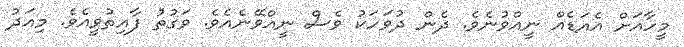
މީހާއަށް އެއަޑެއް ނީއްވުނެވެ. ދެން ދުވަހަކު ވެސް ނީއްވޭނެއެވެ. ވަގުތު ފާއިތުވީއެވެ. މިއަދު